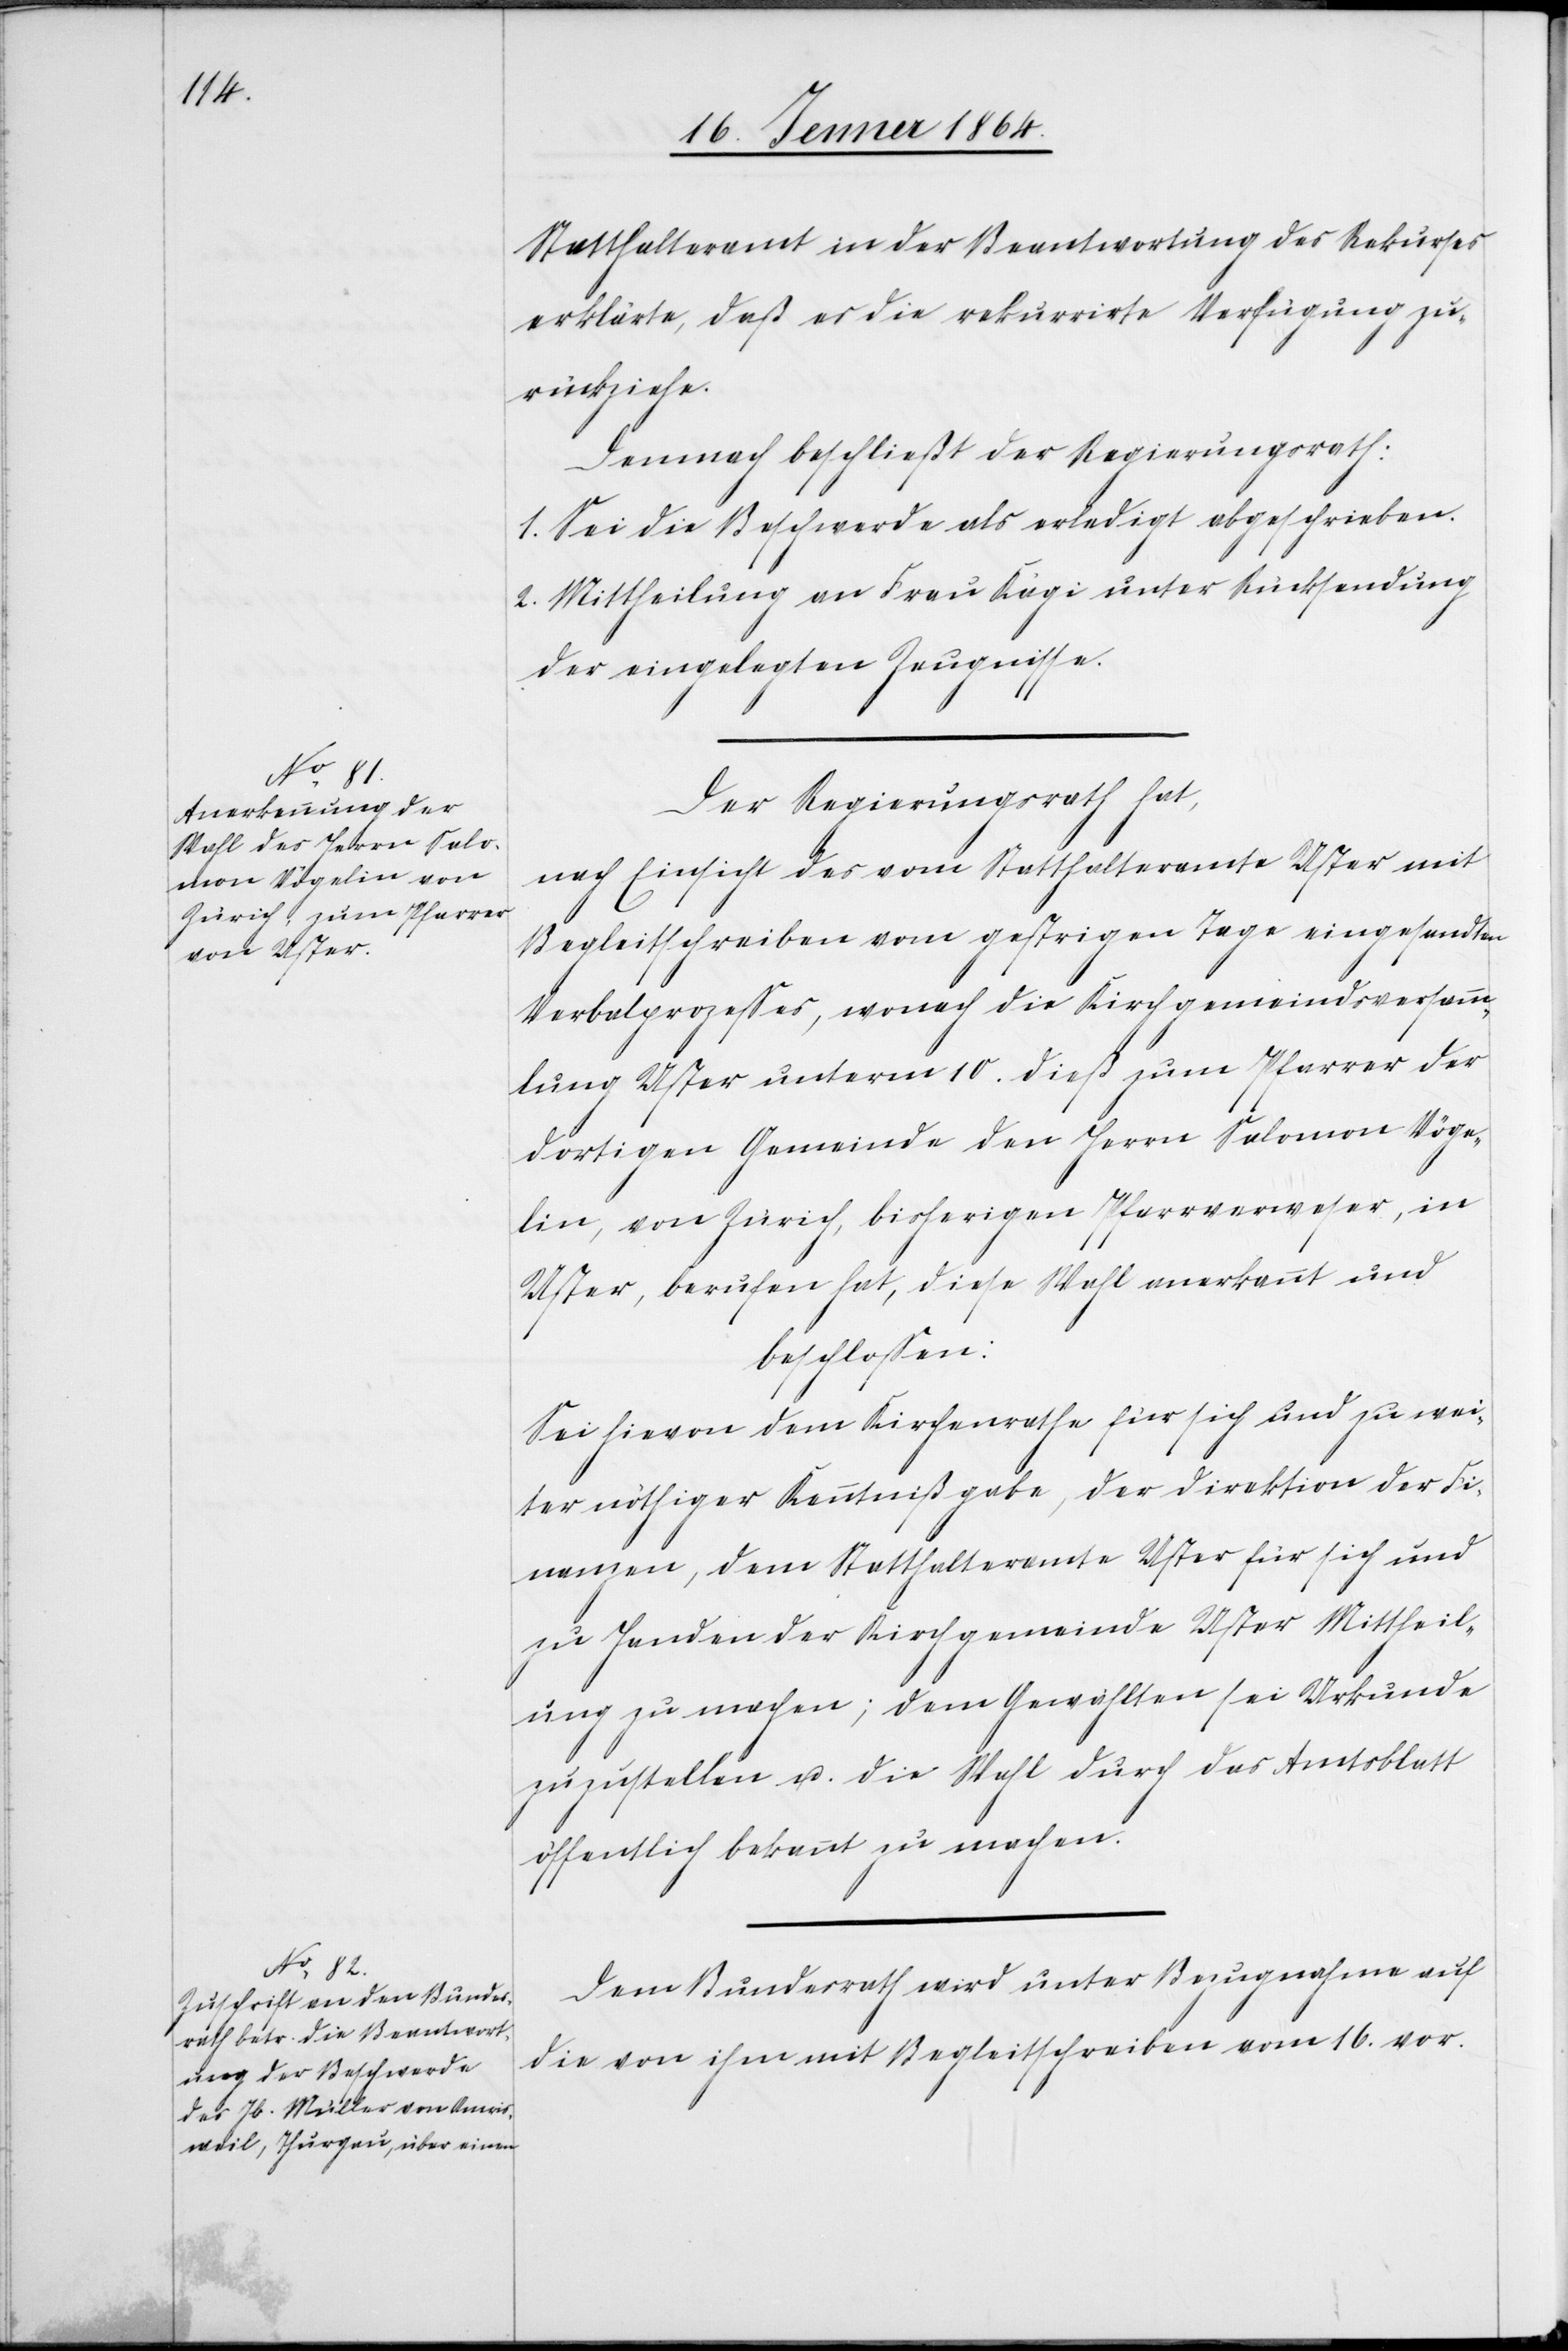
Statthalteramt in der Beantwortung des Rekurses
erklärte, daß er die rekurrirte Verfügung zu¬
rückziehe.
Demnach beschließt der Regierungsrath:
1. Sei die Beschwerde als erledigt abgeschrieben.
2. Mittheilung an Frau Kägi unter Rücksendung
der eingelegten Zeugnisse.
Der Regierungsrath hat,
nach Einsicht des vom Statthalteramte Uster mit
Begleitschreiben vom gestrigen Tage eingesandten
Verbalprozesses, wonach die Kirchgemeindsversamm¬
lung Uster unterm 10. dieß zum Pfarrer der
dortigen Gemeinde den Herrn Salomon Vöge¬
lin, von Zürich, bisherigen Pfarrverweser, in
Uster, berufen hat, diese Wahl anerkannt und
beschlossen:
Sei hievon dem Kirchenrathe für sich und zu wei¬
ter nöthiger Kenntnißgabe, der Direktion der Fi¬
nanzen, dem Statthalteramte Uster für sich und
zu Handen der Kirchgemeinde Uster Mittheil¬
ung zu machen; dem Gewählten sei Urkunde
zuzustellen u. die Wahl durch das Amtsblatt
öffentlich bekannt zu machen.
Dem Bundesrath wird unter Bezugnahme auf
die von ihm mit Begleitschreiben vom 16. vor.